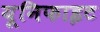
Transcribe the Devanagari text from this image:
यूनिफाइट